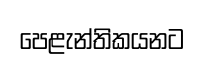
පෙළැන්තිකයනට